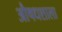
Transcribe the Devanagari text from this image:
औषधशाला